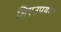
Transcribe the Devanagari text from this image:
लिएउपयोग